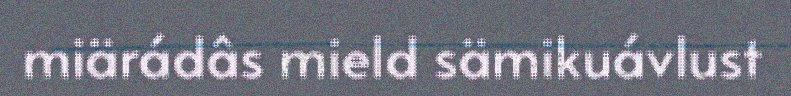
miärádâs mield sämikuávlust